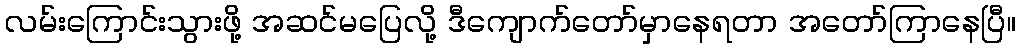
လမ်းကြောင်းသွားဖို့ အဆင်မပြေလို့ ဒီကျောက်တော်မှာနေရတာ အတော်ကြာနေပြီ။